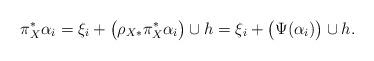
LaTeX: \begin{align*}\pi_{X}^* \alpha_i=\xi_i+\big(\rho_{X*}\pi_{X}^* \alpha_i\big)\cup h=\xi_i+\big(\Psi(\alpha_i)\big)\cup h.\end{align*}